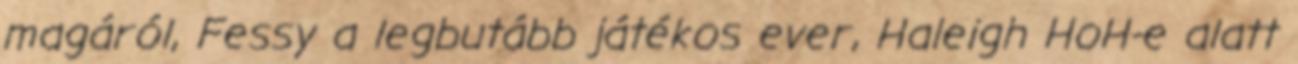
magáról, Fessy a legbutább játékos ever, Haleigh HoH-e alatt